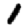
Digit: 1